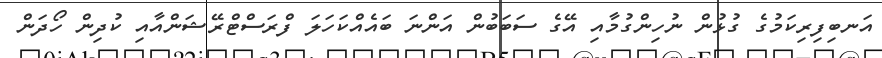
އަނބިފިރިކަމުގެ ގުޅުން ނުހިންގުމާއި އޭގެ ސަބަބުން އަންނަ ބައެއްކަހަލަ ފްރަސްޓްރޭޝަންއާއި ކުދިން ހޯދަން